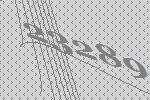
23289